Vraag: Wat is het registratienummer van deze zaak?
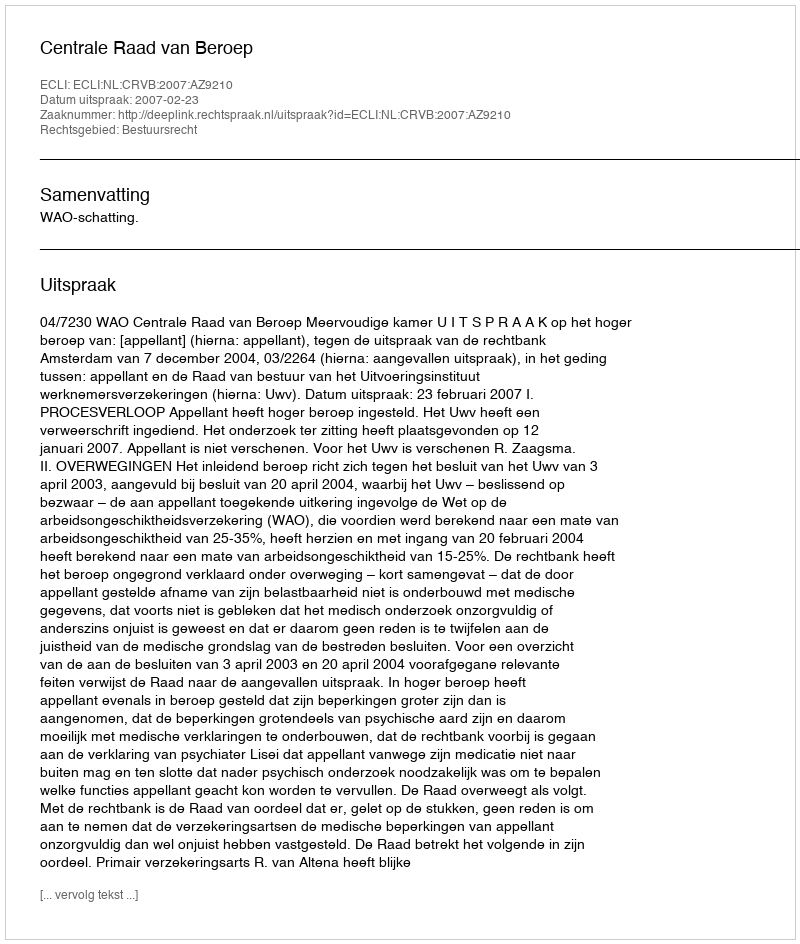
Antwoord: http://deeplink.rechtspraak.nl/uitspraak?id=ECLI:NL:CRVB:2007:AZ9210